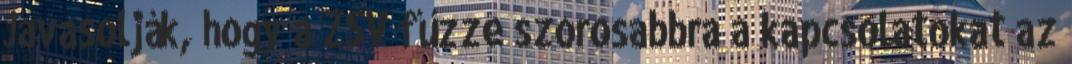
Javasolják, hogy a ZSV fűzze szorosabbra a kapcsolatokat az